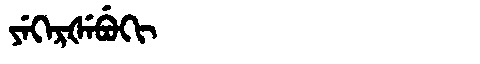
Manchu: ᠶᡝᡴᡝᡵᡧᡝᠪᡠᡴᡳ
Romanization: YEKERŠEBUKI